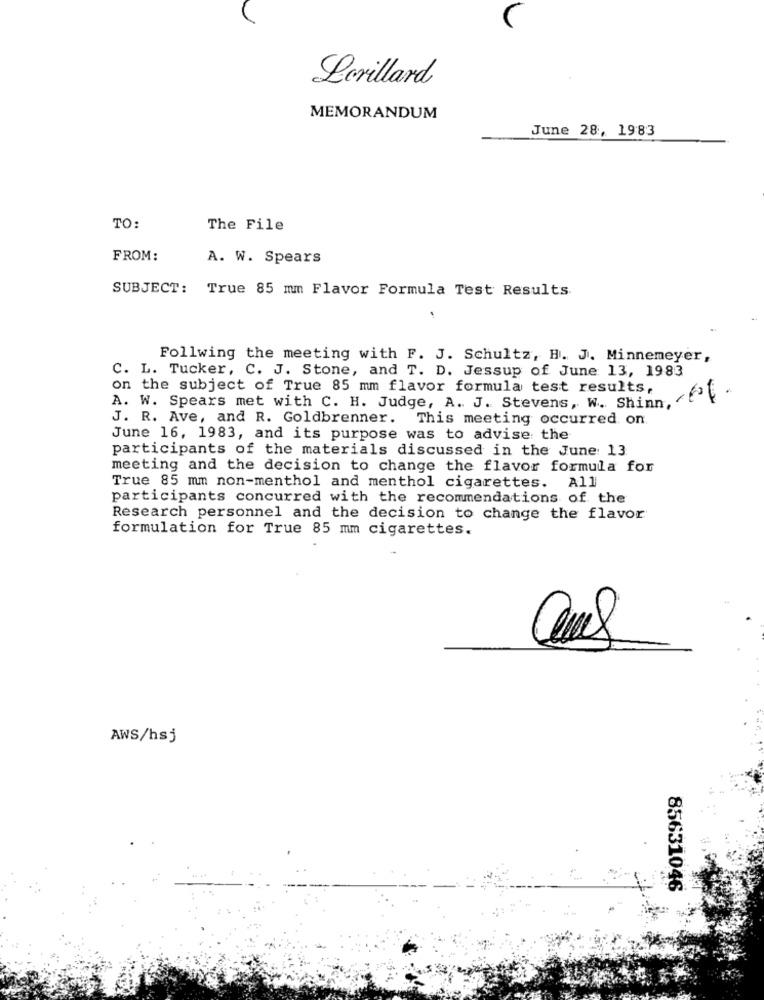
Lerillard
MEMORANDUM
June 28, 1983
TO:
The File
FROM:
A. W. Spears
SUBJECT: True 85 mm Flavor Formula Test Results.
Follwing the meeting with F. J. Schultz, H. J. Minnemeyer,
C. L. Tucker, C. J. Stone, and T. D. Jessup of June 13, 1983
on the subject of True 85 mm flavor formula test results,
A. W. Spears met with C. H. Judge, A. J. Stevens, W. Shinn,
J. R. Ave, and R. Goldbrenner. This meeting occurred on.
June 16, 1983, and its purpose was to advise the
participants of the materials discussed in the June: 13
meeting and the decision to change the flavor formula for
True 85 mm non-menthol and menthol cigarettes. All
participants concurred with the recommendations of the
Research personnel and the decision to change the flavor
formulation for True 85 mm cigarettes.
AWS/hsj
85631046